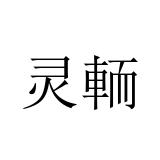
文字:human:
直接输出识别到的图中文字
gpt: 灵輀